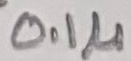
Text: 0.1µ